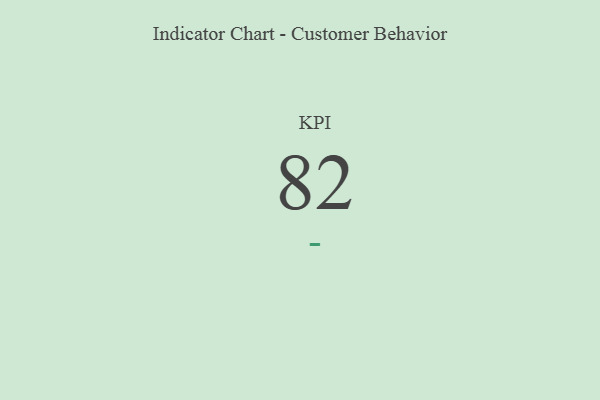
{"axis": {"x": "KPI", "y": "Value"}, "legend": [""], "data": [{"x": "KPI", "y": 82, "type": ""}]}